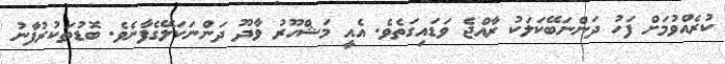
ކުރެއްވުމަށް ފަހު ދަންނަބޭކަލަކު ރާއްޖެ ވަޑައިގަތެވެ. އެއީ މަޝްހޫރު ވާދޫ ދަންނަކަލޭގެފާނެވެ. ބޮޑުތަކުރުފާނު